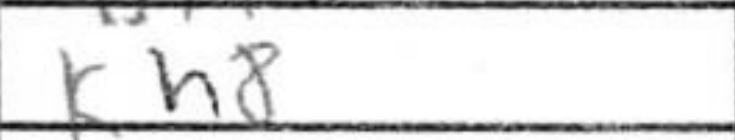
Transcription: Kh8